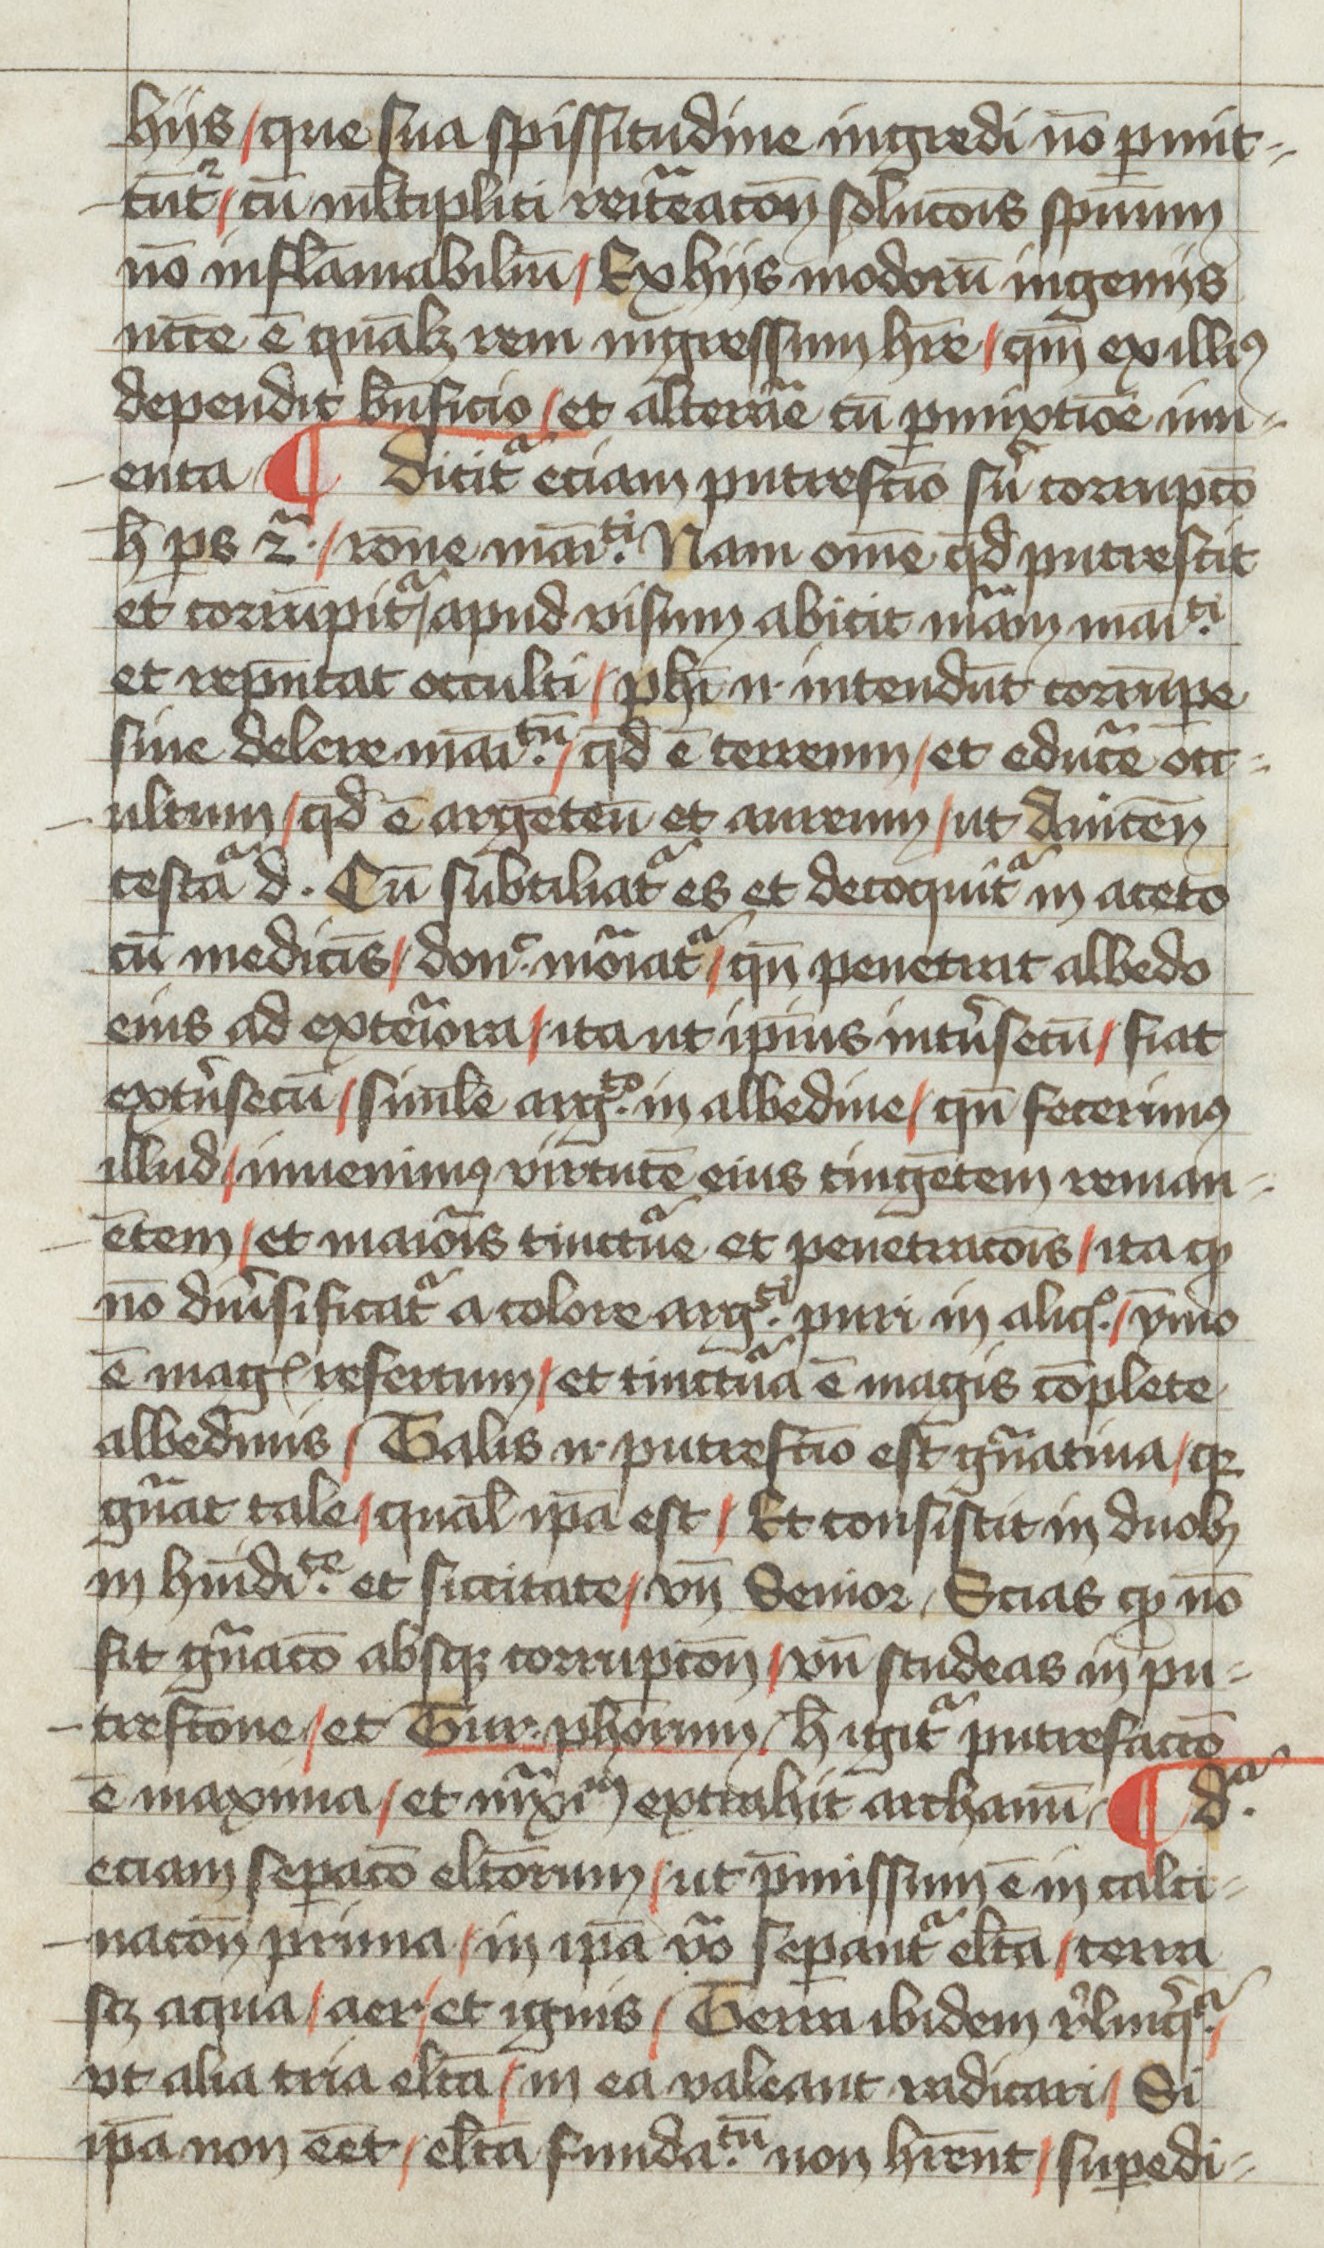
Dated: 1400–1499